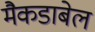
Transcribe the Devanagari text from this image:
मैकडाबेल